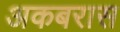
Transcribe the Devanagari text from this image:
अकबरास